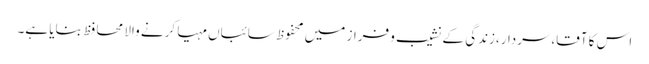
اس کا آقا،سردار،زندگی کے نشیب و فراز میں محفوظ سائباں مہیا کرنے والا محافظ بنایا ہے۔